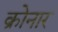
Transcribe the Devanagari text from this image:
क्रोनार